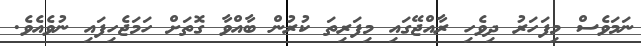
ނަމަވެސް މިފަހަރު ދިވެހި ރާއްޖޭގައި މިފަރިތަ ކުރުން ބާއްވާ ގޮތަށް ހަމަޖެހިފައި ނުވެއެވެ.